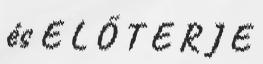
és E L Ő T E R J E